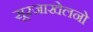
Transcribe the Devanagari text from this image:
सूरजाखेलनो